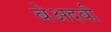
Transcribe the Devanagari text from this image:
बेअदबी